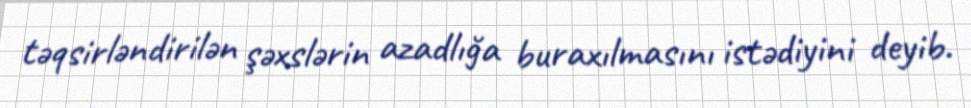
təqsirləndirilən şəxslərin azadlığa buraxılmasını istədiyini deyib.